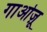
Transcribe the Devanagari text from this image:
गाओज़ू